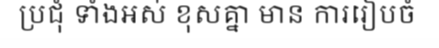
ប្រជុំ ទាំងអស់ ខុសគ្នា មាន ការរៀបចំ